Annual administration report of the Civil Veterinary Department of India - 1907-1908
Year: 1907
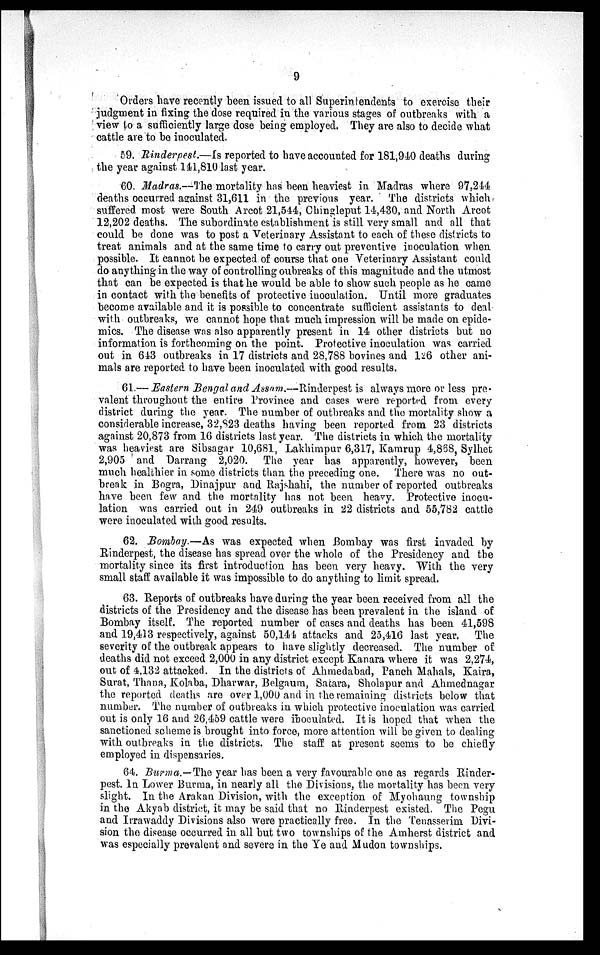
9
Orders have recently been issued to all Superintendents to exercise their
judgment in fixing the dose required in the various stages of outbreaks with a
view to a sufficiently large dose being employed. They are also to decide what
cattle are to be inoculated.
59. Rinderpest.—Is reported to have accounted for 181,940 deaths during
the year against 141,810 last year.
60. Madras.—The mortality has been heaviest in Madras where 97,244
deaths occurred against 31,611 in the previous year. The districts which
suffered most were South Arcot 21,544, Chingleput 14,430, and North Arcot
12,202 deaths. The subordinate establishment is still very small and all that
could be done was to post a Veterinary Assistant to each of these districts to
treat animals and at the same time to carry out preventive inoculation when
possible. It cannot be expected of course that one Veterinary Assistant could
do anything-in the way of controlling oubreaks of this magnitude and the utmost
that can be expected is that he would be able to show such people as he came
in contact with the benefits of protective inoculation. Until more graduates
become available and it is possible to concentrate sufficient assistants to deal
with outbreaks, we cannot hope that much impression will be made on epide-
mics. The disease was also apparently present in 14 other districts but no
information is forthcoming on the point. Protective inoculation was carried
out in 643 outbreaks in 17 districts and 28,788 bovines and 126 other ani-
mals are reported to have been inoculated with good results.
61.—Eastern Bengal and Assam.—Rinderpest is always more or less pre-
valent throughout the entire Province and cases were reported from every
district during the year. The number of outbreaks and the mortality show a
considerable increase, 32,823 deaths having been reported from 23 districts
against 20,873 from 16 districts last year. The districts in which the mortality
was heaviest are Sibsagar 10,681, Lakhimpur 6,317, Kamrup 4,868, Sylhet
2,905 and Darrang 2,020. The year has apparently, however, been
much healthier in some districts than the preceding one. There was no out-
break in Bogra, Dinajpur and Rajshahi, the number of reported outbreaks
have been few and the mortality has not been heavy. Protective inocu-
lation was carried out in 249 outbreaks in 22 districts and 55,782 cattle
were inoculated with good results.
62. Bombay.—As was expected when Bombay was first invaded by
Rinderpest, the disease has spread over the whole of the Presidency and the
mortality since its first introduction has been very heavy. With the very
small staff available it was impossible to do anything to limit spread.
63. Reports of outbreaks have during the year been received from all the
districts of the Presidency and the disease has been prevalent in the island of
Bombay itself. The reported number of cases and deaths has been 41,598
and 19,413 respectively, against 50,144 attacks and 25,416 last year. The
severity of the outbreak appears to have slightly decreased. The number of
deaths did not exceed 2,000 in any district except Kanara where it was 2,274,
out of 4,132 attacked. In the districts of Ahmedabad, Panch Mahals, Kaira,
Surat, Thana, Kolaba, Dharwar, Belgaum, Satara, Sholapur and Ahmednagar
the reported deaths are over 1,000 and in the remaining districts below that
number. The number of outbreaks in which protective inoculation was carried
out is only 16 and 26,459 cattle were inoculated. It is hoped that when the
sanctioned scheme is brought into force, more attention will be given to dealing
with outbreaks in the districts. The staff at present seems to be chiefly
employed in dispensaries.
64. Burma.—The year has been a very favourable one as regards Rinder-
pest. In Lower Burma, in nearly all the Divisions, the mortality has been very
slight. In the Arakan Division, with the exception of Myohaung township
in the Akyab district, it may be said that no Rinderpest existed. The Pegu
and Irrawaddy Divisions also were practically free. In the Tenasserim Divi-
sion the disease occurred in all but two townships of the Amherst district and
was especially prevalent and severe in the Ye and Mudon townships.